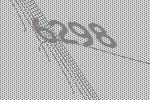
6298